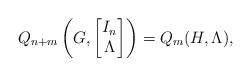
LaTeX: \begin{align*} Q_{n+m} \left( G, \begin{bmatrix} I_n \\ \Lambda \end{bmatrix} \right) = Q_m(H, \Lambda),\end{align*}